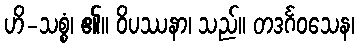
ဟိ-သစ္စံ၊ ၏။ ဝိပဿနာ၊ သည်။ တဒင်္ဂဝသေန၊